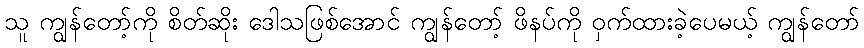
သူ ကျွန်တော့်ကို စိတ်ဆိုး ဒေါသဖြစ်အောင် ကျွန်တော့် ဖိနပ်ကို ဝှက်ထားခဲ့ပေမယ့် ကျွန်တော်